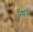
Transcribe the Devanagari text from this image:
स्थिन